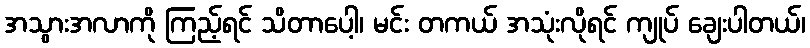
အသွားအလာကို ကြည့်ရင် သိတာပေါ့၊ မင်း တကယ် အသုံးလိုရင် ကျုပ် ချေးပါတယ်၊